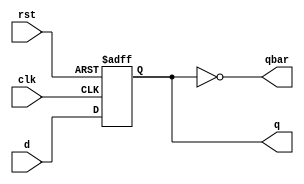
module dff(input clk,rst,d,output reg q,output qbar);
  always @(posedge clk or posedge rst)begin
    if(rst)
      q<=0;
    else
      q<=d;
  end
  assign qbar=~q;
endmodule

module bit4asy(input clk,rst,output q,qbar,output [3:0]cnt);
  wire q0,q0bar,q1,q1bar,q2,q2bar;
  wire d0,d1,d2,d3;
  dff f0(clk,rst,d0,q0,q0bar);
  dff f1(q0,rst,d1,q1,q1bar);
  dff f2(q1,rst,d2,q2,q2bar);
  dff f3(q2,rst,d3,q,qbar);
  //toggle condition for d flipflop
  assign d0=q0bar;
  assign d1=q1bar;
  assign d2=q2bar;
  assign d3=qbar;
  assign cnt={q,q2,q1,q0};
endmodule


module tb;
  reg clk,rst;
  wire q,qbar;
  wire [3:0] cnt;
  bit4asy dut(clk,rst,q,qbar,cnt);
  always #5 clk = ~clk;
  initial begin
        clk=0;rst=1;
    #10   rst=0;
    #200 $finish();
  end
  initial 
    $monitor($time,"clk=%b,rst=%b,cnt=%b",clk,rst,cnt);
endmodule